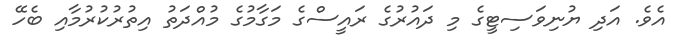
އެވެ. އަދި ޔުނިވަސިޓީގެ މި ދައުރުގެ ރައީސްގެ މަގާމުގެ މުއްދަތު އިތުރުކުރުމާއި ބެހޭ